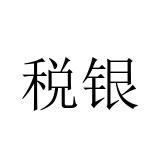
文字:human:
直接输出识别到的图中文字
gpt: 税银